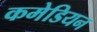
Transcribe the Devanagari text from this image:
कमेडियन